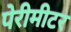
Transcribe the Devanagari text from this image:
पेरीमीटर